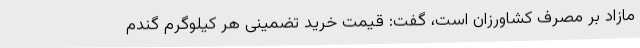
مازاد بر مصرف کشاورزان است، گفت: قیمت خرید تضمینی هر کیلوگرم گندم